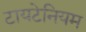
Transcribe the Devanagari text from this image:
टायटेनियम